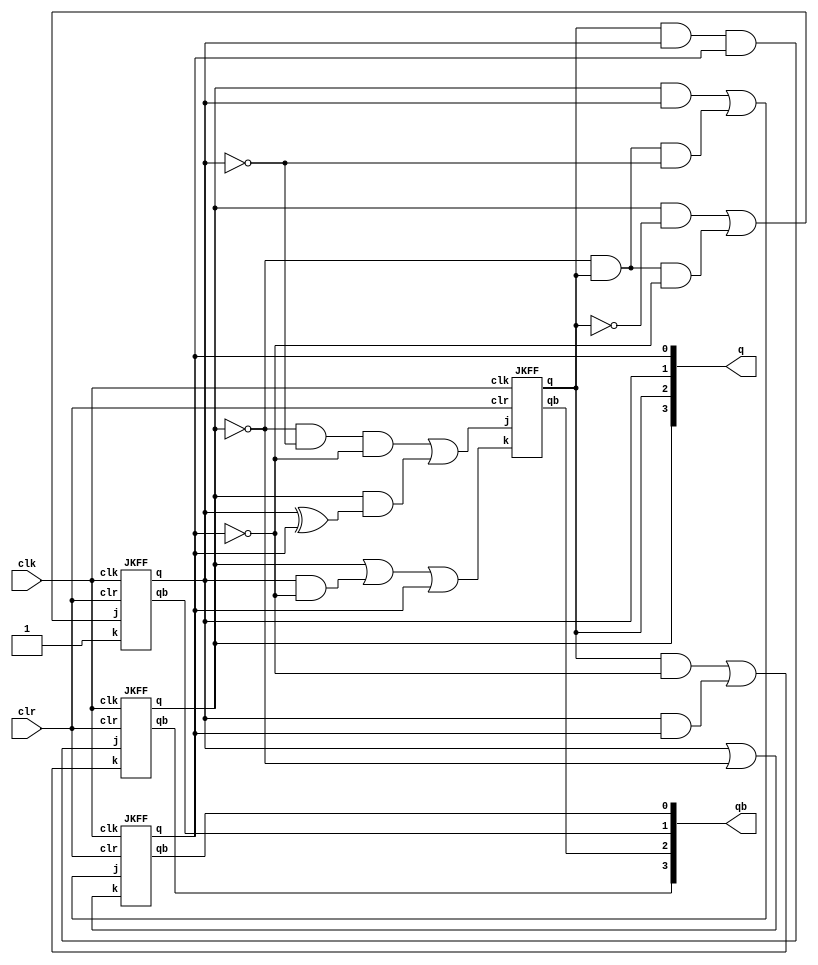
/*0000-0100-0111-1000-1010-1101-1001-1111-0000*/

module synchronous_counter(q, qb, clr, clk);

input clr, clk;

output[3:0] q, qb;

wire j0, k0, j1, k1, j2, k2, j3, k3;

    assign j0 = q[3]&q[1] | (~q[3]&q[2]&~q[1]);
    assign k0 = q[1] | ~q[3];


JKFF jk0(q[0], qb[0], j0, k0, clr, clk);
    assign j1 = (q[3]&~q[2]) | (~q[3]&q[2]&~q[0]);
    assign k1 = 1;
JKFF jk1(q[1], qb[1], j1, k1, clr, clk);
    assign j2 = (~q[3]&~q[1]&~q[0]) | q[3]&(q[1]^q[0]);
    assign k2 = q[3] | (q[1]&~q[0]) | q[0];
JKFF jk2(q[2], qb[2], j2, k2, clr, clk);
    assign j3 = q[2]&q[1]&q[0];
    assign k3 = q[2]&~q[0] | (q[1]&q[0]);
JKFF jk3(q[3], qb[3], j3, k3, clr, clk);


endmodule

module JKFF(q, qb, j, k, clr, clk);

input clk, j,k,clr;
output q, qb;
wire a,b,c,d;

nand(a, j, qb, clk, clr);
nand(b, q, k, clk);
nand(c, a, d);
nand(d, b, c, clr);

not(cb, clk);

nand(e, cb, c);
nand(f, cb, d);
nand(q, e, qb);
nand(qb, f, clr, q);

endmodule